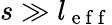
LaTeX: s\gg l_{\mathrm{~e~f~f~}}